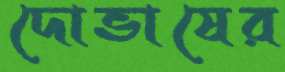
দোভাষের